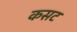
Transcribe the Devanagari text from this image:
कसट